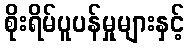
စိုးရိမ်ပူပန်မှုများနှင့်